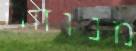
מנוחה